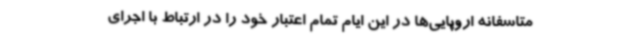
متاسفانه اروپایی‌ها در این ایام تمام اعتبار خود را در ارتباط با اجرای